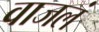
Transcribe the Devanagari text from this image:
वाजलं